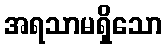
အရသာမရှိသော